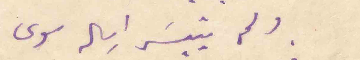
ولم يتيسَر ارساله سوى